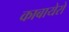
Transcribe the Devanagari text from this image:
काबायेरो